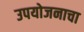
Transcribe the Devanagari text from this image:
उपयोजनाचा